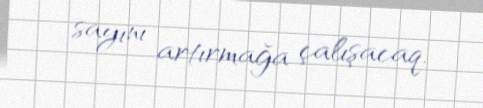
sayını artırmağa çalışacaq.